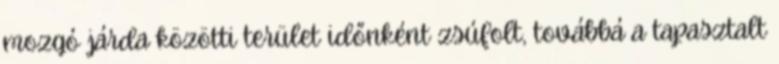
mozgó járda közötti terület időnként zsúfolt, továbbá a tapasztalt